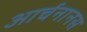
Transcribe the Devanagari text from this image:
आर्चनानस